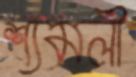
শ্যমলী